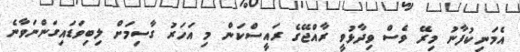
އެމަނިކުފާނު މިރޭ ވެސް ވިދާޅުވީ ރާއްޖޭގެ ރައީސްކަން މި އަހަރު ގާސިމަށް ލިބިވަޑައިގަންނަވާނެ